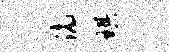
滴琪